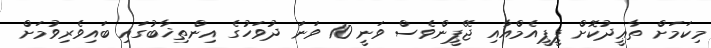
މިކަމަށް ތާޢީދުކޮށް ޕީޕީއެމްއާއި ޖޭޕީންވެސް ވަނީ 10 ވަނަ ދުވަހުގެ އިންތިޚާބުގައި ބައިވެރިވުމަށް